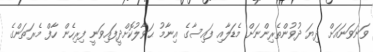
ވަނަވަނައަށް ދިޔަ ދުވުންތެރިންނަށް މެޑަލާއި ފައިސާގެ އިނާމު ޙަވާލުކޮށްދީފައިވަނީ ފިރިހެން ހާފް މެރަތަންގެ